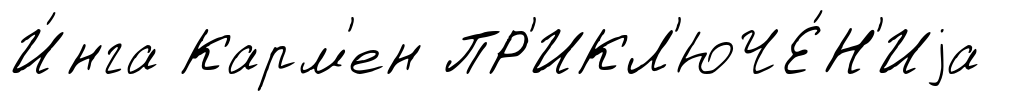
И́нга Карм'ен ПР'ИКЛ'ЮЧЕ́Н'Иjа